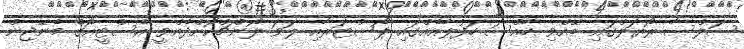
ސަލްސާ ރޯޔަލްގައި ބޭއްވި ހާއްސަ ހަފުލާއެއްގައި ޕޯސްޓަރާއި ލަވަ ލޯންޗްކޮށްދެއްވީ އެސްޓީއޯގެ މެނޭޖިން